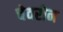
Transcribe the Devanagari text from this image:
चेवरोन